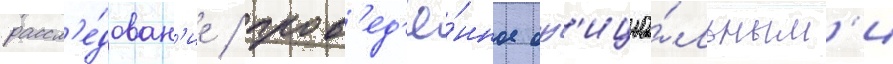
рассл'е́дован'ие / пров'ед'ё́нное оф'ициа́льным'и